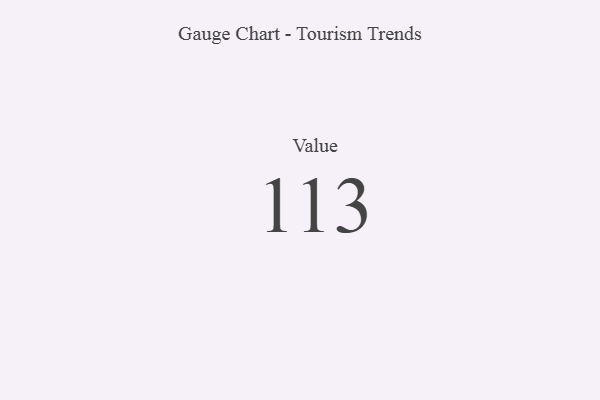
{"axis": {"x": "Metric", "y": "Value"}, "legend": [""], "data": [{"x": "Value", "y": 113, "type": ""}]}